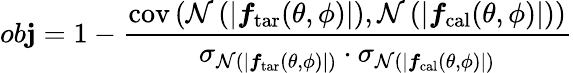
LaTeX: ob\mathbf{j}=1-\frac{{\mathrm{{cov}}\left(\mathcal{{N}}\left(|\boldsymbol{f}_{\mathrm{{tar}}}(\theta,\phi)|\right),\mathcal{{N}}\left(|\boldsymbol{f}_{\mathrm{{cal}}}(\theta,\phi)|\right)\right)}}{{\sigma_{\mathcal{{N}}\left(|\boldsymbol{f}_{\mathrm{{tar}}}(\theta,\phi)|\right)}\cdot\sigma_{\mathcal{{N}}\left(|\boldsymbol{f}_{\mathrm{{cal}}}(\theta,\phi)|\right)}}}